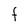
Character: F